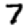
Digit: 7